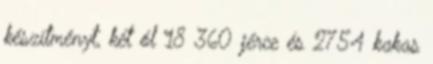
készítményt, két ól 18 360 jérce és 2754 kakas